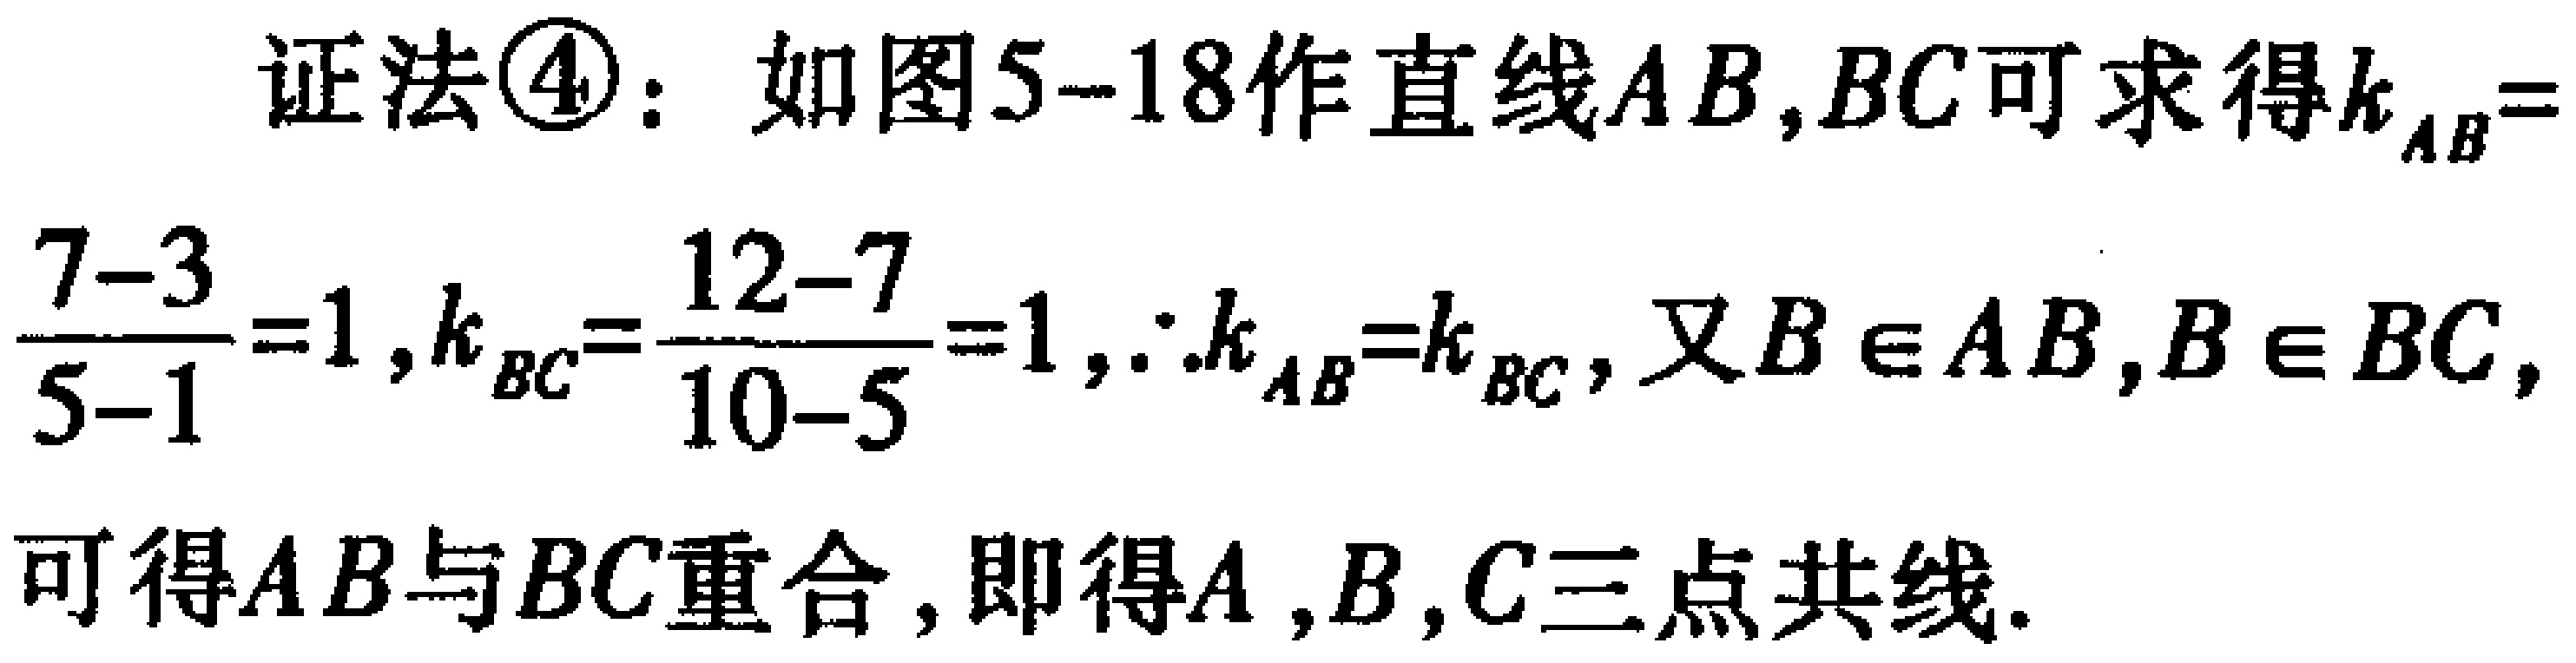
证法\textcircled{4}：如图5--18作直线\(AB,BC\)可求得\(k_{AB}=\frac{7 - 3}{5 - 1}=1,k_{BC}=\frac{12 - 7}{10 - 5}=1,\therefore k_{AB}=k_{BC}\)，又\(B\in AB,B\in BC\)，可得\(AB\)与\(BC\)重合，即得\(A,B,C\)三点共线。